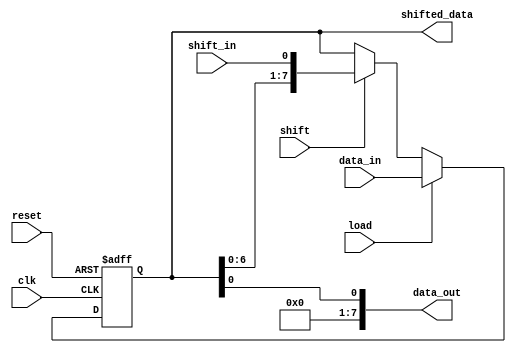
module ShiftRegister #(
    parameter WIDTH = 8  // Parameter for the width of the shift register
)(
    input wire clk,         // Clock signal
    input wire reset,       // Asynchronous reset
    input wire [WIDTH-1:0] data_in, // Parallel input data
    input wire shift_in,    // Serial input data
    input wire load,        // Load control signal
    input wire shift,       // Shift control signal
    output reg [WIDTH-1:0] data_out, // Serial output data 
    output reg [WIDTH-1:0] shifted_data  // Parallel output data
);

    reg [WIDTH-1:0] shift_reg; // Internal shift register storage

    always @(posedge clk or posedge reset) begin
        if (reset) begin
            shift_reg <= {WIDTH{1'b0}}; // Clear shift register on reset
        end else begin
            if (load) begin
                shift_reg <= data_in; // Load data on load signal
            end else if (shift) begin
                shift_reg <= {shift_reg[WIDTH-2:0], shift_in}; // Shift right with serial input
            end
        end
    end

    // Output assignments
    always @* begin
        data_out = shift_reg[0]; // Output the least significant bit
        shifted_data = shift_reg; // Parallel output of the entire register
    end

endmodule